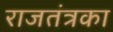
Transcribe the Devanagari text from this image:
राजतंत्रका